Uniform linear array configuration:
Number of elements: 48
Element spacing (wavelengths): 0.25
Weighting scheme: hamming
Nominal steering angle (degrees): -15
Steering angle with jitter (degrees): -15.044
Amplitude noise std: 0.05
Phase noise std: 0.05

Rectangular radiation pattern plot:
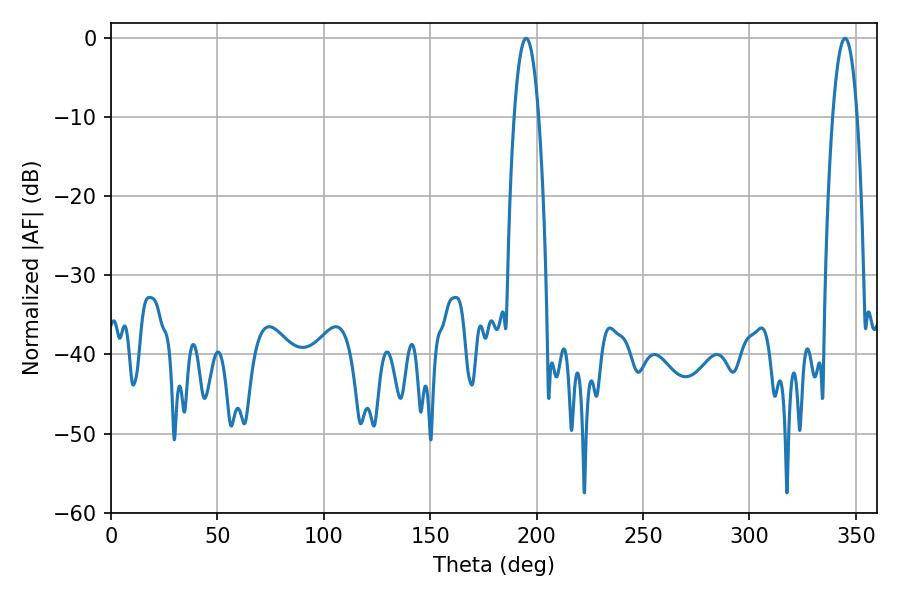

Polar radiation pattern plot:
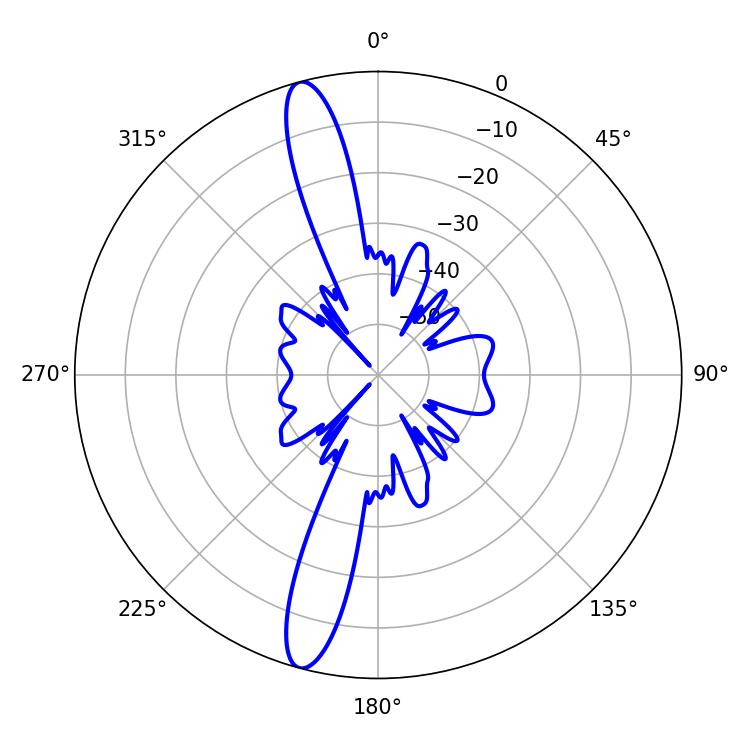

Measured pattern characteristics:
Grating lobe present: FALSE
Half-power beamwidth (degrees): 6.48
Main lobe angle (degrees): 195.12